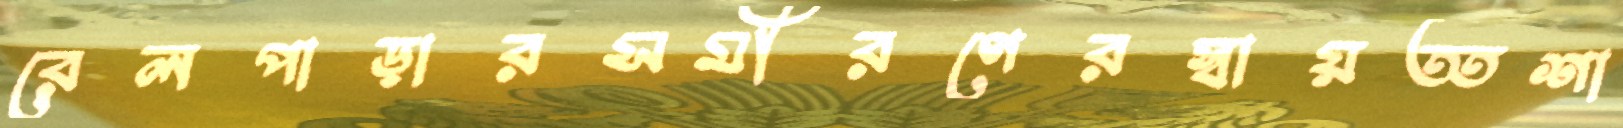
রেলপাড়ারসমীরণেরস্বায়ত্তশা